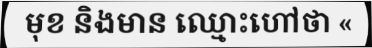
មុខ និងមាន ឈ្មោះហៅថា «